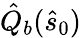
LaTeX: \hat{Q}_{b}(\hat{s}_{0})